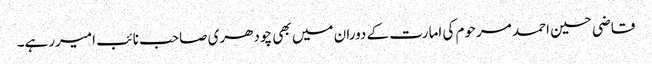
قاضی حسین احمد مرحوم کی امارت کے دوران میں بھی چودھری صاحب نائب امیررہے۔